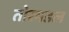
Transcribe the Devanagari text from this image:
तोरमडल